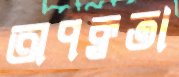
অপক্বতা